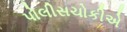
પોલીસચોકીએ